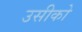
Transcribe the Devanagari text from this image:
उसीको